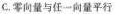
C. 零向量与任一向量平行